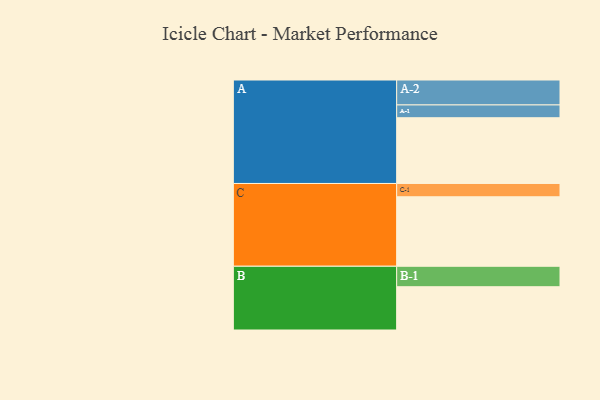
{"axis": {"x": "Segment", "y": "Value"}, "legend": ["", "A", "B", "C"], "data": [{"x": "A", "y": 559, "type": ""}, {"x": "B", "y": 368, "type": ""}, {"x": "C", "y": 591, "type": ""}, {"x": "A-1", "y": 109, "type": "A"}, {"x": "A-2", "y": 212, "type": "A"}, {"x": "B-1", "y": 174, "type": "B"}, {"x": "C-1", "y": 113, "type": "C"}]}